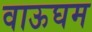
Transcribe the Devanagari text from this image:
वाऊघम